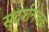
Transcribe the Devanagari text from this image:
सुदर्शनचक्र